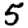
Digit: 5